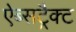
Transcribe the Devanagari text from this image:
ऐब्सट्रैक्ट